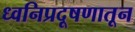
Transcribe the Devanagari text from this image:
ध्वनिप्रदूषणातून